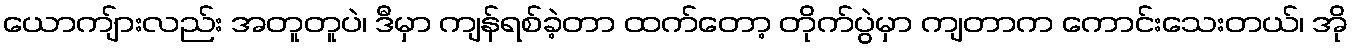
ယောကျ်ားလည်း အတူတူပဲ၊ ဒီမှာ ကျန်ရစ်ခဲ့တာ ထက်တော့ တိုက်ပွဲမှာ ကျတာက ကောင်းသေးတယ်၊ အို